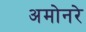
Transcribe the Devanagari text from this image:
अमोनरे